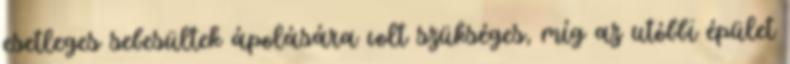
esetleges sebesültek ápolására volt szükséges, míg az utóbbi épület